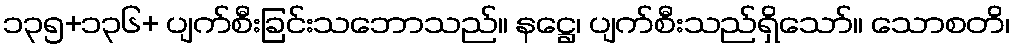
၁၃၅+၁၃၆+ ပျက်စီးခြင်းသဘောသည်။ နဋ္ဌေ၊ ပျက်စီးသည်ရှိသော်။ သောစတိ၊